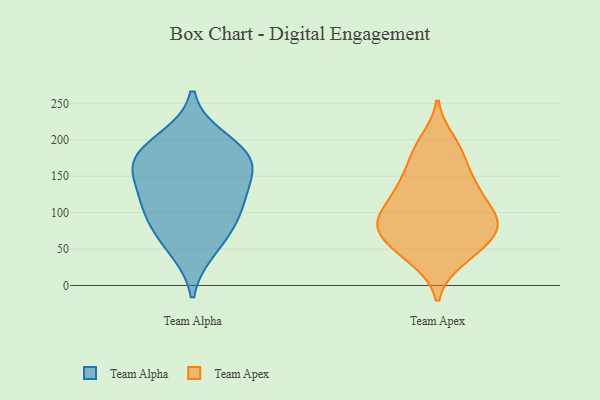
{"axis": {"x": "Net Income (USD K)", "y": "Value"}, "legend": ["Team Alpha", "Team Apex"], "data": [{"x": "", "y": 110, "type": "Team Alpha"}, {"x": "", "y": 170, "type": "Team Alpha"}, {"x": "", "y": 169, "type": "Team Alpha"}, {"x": "", "y": 50, "type": "Team Alpha"}, {"x": "", "y": 155, "type": "Team Alpha"}, {"x": "", "y": 74, "type": "Team Alpha"}, {"x": "", "y": 125, "type": "Team Alpha"}, {"x": "", "y": 200, "type": "Team Alpha"}, {"x": "", "y": 181, "type": "Team Alpha"}, {"x": "", "y": 100, "type": "Team Alpha"}, {"x": "", "y": 197, "type": "Team Apex"}, {"x": "", "y": 76, "type": "Team Apex"}, {"x": "", "y": 97, "type": "Team Apex"}, {"x": "", "y": 184, "type": "Team Apex"}, {"x": "", "y": 36, "type": "Team Apex"}, {"x": "", "y": 96, "type": "Team Apex"}, {"x": "", "y": 121, "type": "Team Apex"}, {"x": "", "y": 148, "type": "Team Apex"}, {"x": "", "y": 134, "type": "Team Apex"}, {"x": "", "y": 148, "type": "Team Apex"}, {"x": "", "y": 76, "type": "Team Apex"}, {"x": "", "y": 73, "type": "Team Apex"}, {"x": "", "y": 88, "type": "Team Apex"}, {"x": "", "y": 185, "type": "Team Apex"}, {"x": "", "y": 59, "type": "Team Apex"}, {"x": "", "y": 89, "type": "Team Apex"}, {"x": "", "y": 129, "type": "Team Apex"}, {"x": "", "y": 45, "type": "Team Apex"}, {"x": "", "y": 41, "type": "Team Apex"}, {"x": "", "y": 86, "type": "Team Apex"}]}